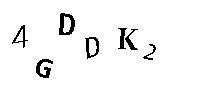
4GDDK2